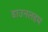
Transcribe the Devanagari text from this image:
डाउनलहम